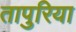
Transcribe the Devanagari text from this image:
तापुरिया